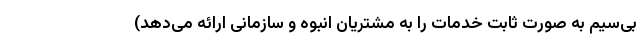
بی‌سیم به صورت ثابت خدمات را به مشتریان انبوه و سازمانی ارائه می‌دهد)